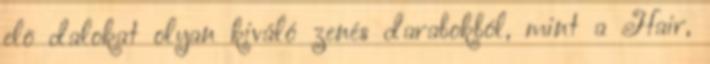
elõ dalokat olyan kiváló zenés darabokból, mint a Hair,